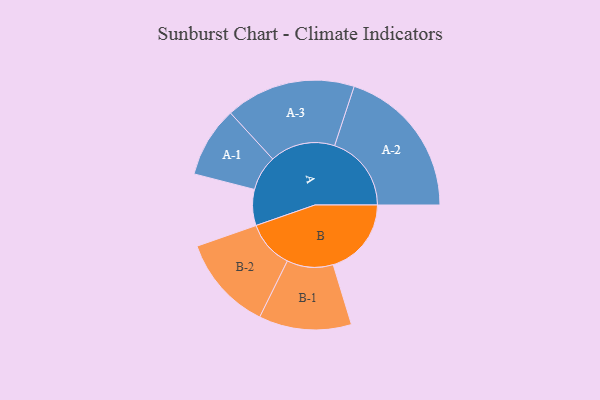
{"axis": {"x": "Segment", "y": "Value"}, "legend": ["", "A", "B"], "data": [{"x": "A", "y": 105, "type": ""}, {"x": "B", "y": 228, "type": ""}, {"x": "A-1", "y": 103, "type": "A"}, {"x": "A-2", "y": 224, "type": "A"}, {"x": "A-3", "y": 190, "type": "A"}, {"x": "B-1", "y": 135, "type": "B"}, {"x": "B-2", "y": 139, "type": "B"}]}